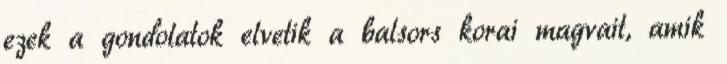
ezek a gondolatok elvetik a balsors korai magvait, amik